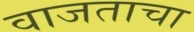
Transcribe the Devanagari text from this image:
वाजताचा